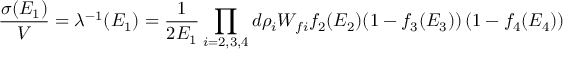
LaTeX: \frac { \sigma ( E _ { 1 } ) } { V } = \lambda ^ { - 1 } ( E _ { 1 } ) = \frac { 1 } { 2 E _ { 1 } } \prod _ { i = 2 , 3 , 4 } d \rho _ { i } W _ { f i } f _ { 2 } ( E _ { 2 } ) ( 1 - f _ { 3 } ( E _ { 3 } ) ) \left( 1 - f _ { 4 } ( E _ { 4 } ) \right)